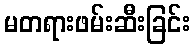
မတရားဖမ်းဆီးခြင်း